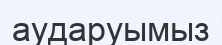
аударуымыз